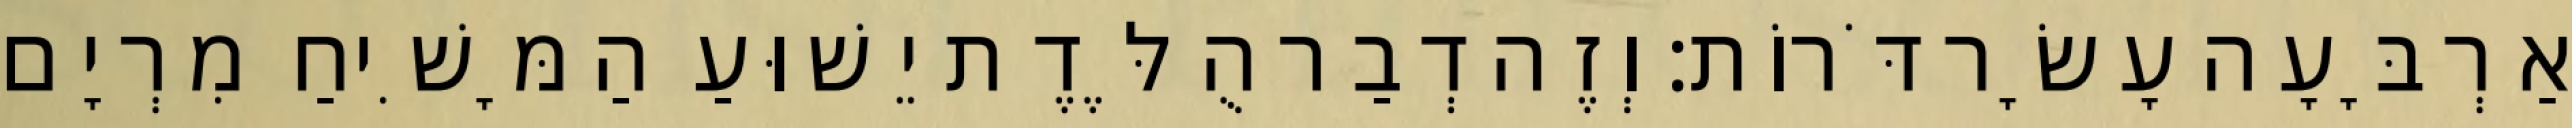
אַרְבָּעָה עָשָׂר דֹּרוֹת׃ וְזֶה דְבַר הֻלֶּדֶת יֵשׁוּעַ הַמָּשִׁיחַ מִרְיָם